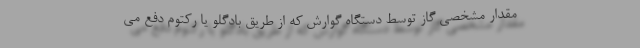
مقدار مشخصی گاز توسط دستگاه گوارش که از طریق بادگلو یا رکتوم دفع می